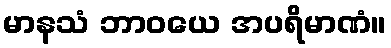
မာနသံ ဘာဝယေ အပရိမာဏံ။